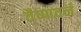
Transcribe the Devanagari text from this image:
वैष्णवनँ